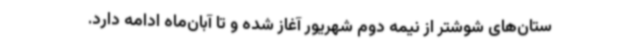
ستان‌های شوشتر از نیمه دوم شهریور آغاز شده و تا آبان‌ماه ادامه دارد.